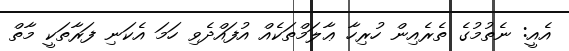
އެއީ: ނެތުމުގެ ތެރެއިން ހުރިހާ ޢާލަމްތަކެއް އުފައްދެވި ހަމަ އެކަނި ފަރާތަކީ މާތް